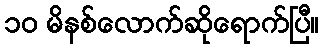
၁၀ မိနစ်လောက်ဆိုရောက်ပြီ။